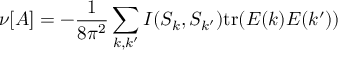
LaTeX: \nu [ { \cal A } ] = - \frac { 1 } { 8 \pi ^ { 2 } } \sum _ { k , k ^ { \prime } } I ( S _ { k } , S _ { k ^ { \prime } } ) \mathrm { t r } ( E ( k ) E ( k ^ { \prime } ) )